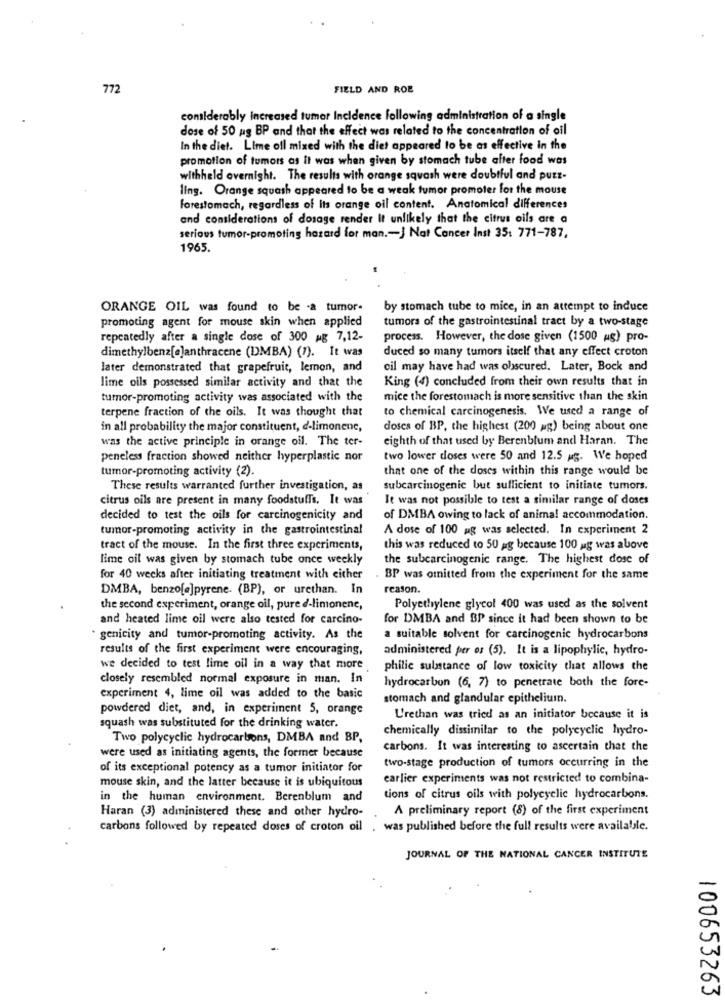
772
FIELD AND ROB
comiderably increased tumor Incidence following administration of a single
dose of 50 ag BP and that the effect was related to the concentration of oil
In the diet. Lime ofl mixed with the diet appeared to be as effective in the
promotion of tumors as it was when given by stomach tube after food was
withheld overnight. The results with orange squash were doubtful and putt-
ling. Orange squash appeared to be a weak tumor promoter for the mouse
forestomach, regardless of its orange oil content. Anatomical differences
and considerations of dosage render It unlikely that the citrus oils are a
serious tumor-promoting hazard for man .- J Nat Concer Inst 35: 771-787,
1965.
ORANGE OIL was found to be .a tumor-
by stomach tube to mice, in an attempt to induce
promoting agent for mouse skin when applied
tumors of the gastrointestinal tract by a two-stage
repeatedly after a single dose of 300 Ag 7,12-
process. However, the dose given (1500 ag) pro-
dimethylbenz[e]anthracene (DMBA) (7). It was
duced so many tumors itself that any effect croton
later demonstrated that grapefruit, lemon, and
oil may have had was obscured. Later, Bock and
lime oils possessed similar activity and that the
King (4) concluded from their own results that in
tumor-promoting activity was associated with the
mice the forestomach is more sensitive than the skin
terpene fraction of the oils. It was thought that
to chemical carcinogenesis. We used a range of
in all probability the major constituent, d-limonene,
doses of BP, the highest (200 ag) being about one
was the active principle in orange ofl. The ter-
eighth of that used by Berenblum and Haran. The
peneless fraction showed neither hyperplastic nor
two lower doses were 50 and 12.5 ag. We hoped
tumor-promoting activity (2).
that one of the doses within this range would be
These results warranted further investigation, as
subcarcinogenic but sufficient to initiate tumors.
citrus oils are present in many foodstuffs. It was
It was not possible to test a similar range of doses
decided to test the oils for carcinogenicity and
of DMBA owing to lack of animal accommodation.
tumor-promoting activity in the gastrointestinal
A dose of 100 ag was selected. In experiment 2
tract of the mouse. In the first three experiments,
this was reduced to 50 ag because 100 ug was above
lime oil was given by stomach tube once weekly
the subcarcinogenic range. The highest dose of
for 40 weeks after initiating treatment with either
BP was omitted from the experiment for the same
DMBA, benzo[a]pyrene. (BP), or urethan. In
reason.
the second experiment, orange oil, pure d-limonene,
Polyethylene glycol 400 was used as the solvent
and heated lime oil were also tested for carcino-
for DMBA and BP since it had been shown to be
genicity and tumor-promoting activity. As the
a suitable solvent for carcinogenic hydrocarbons
results of the first experiment were encouraging,
administered per os (5). It is a lipophylic, hydro-
we decided to test lime oil in a way that more
philic sulntance of low toxicity that allows the
closely resembled normal exposure in man. In
hydrocarbon (6, 7) to penetrate both the fore-
experiment 4, lime oil was added to the basic
stomach and glandular epitheliumn.
powdered diet, and, in experiment 5, orange
U'rethan was tried as an initiator because it is
squash was substituted for the drinking water.
chemically dissimilar to the polycyclic hydro-
Two polycyclic hydrocarbons, DMBA and BP,
carbons. It was interesting to ascertain that the
were used as initiating agents, the former because
two-stage production of tumors occurring in the
of its exceptional potency as a tumor initiator for
earlier experiments was not restricted to combina-
mouse skin, and the latter because it is ubiquitous
in the human environment. Berenblum and
tions of citrus oils with polycyclic hydrocarbons.
Haran (3) administered these and other hydro-
A preliminary report (8) of the first experiment
carbons followed by repeated doses of croton oil . was published before the full results were available.
JOURNAL OF THE NATIONAL CANCER INSTITUTE
100653263